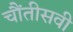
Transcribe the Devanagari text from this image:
चौंतीसवी